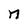
Character: n